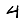
Digit: 4